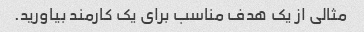
مثالی از یک هدف مناسب برای یک کارمند بیاورید.